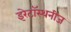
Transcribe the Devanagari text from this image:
इरेटॉस्थनीज